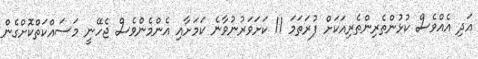
އަދި އެއްވެސް ކުޅުންތެރިންތެރިއަކަށް ފުރަތަމަ 11 ކަށަވަރުނުވާނެ ކަމަށާއި އެންމެންވެސް ޖެހޭނީ މަސައްކަތްކޮށްގެން